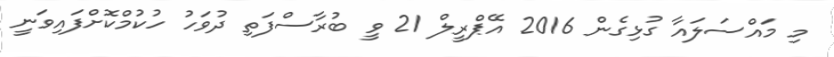
މި މައްސަލައާ ގުޅިގެން 2016 އޭޕްރީލް 21 ވީ ބުރާސްފަތި ދުވަހު ހުކުމްކޮށްފައިވަނީ